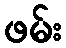
ဖမ်း